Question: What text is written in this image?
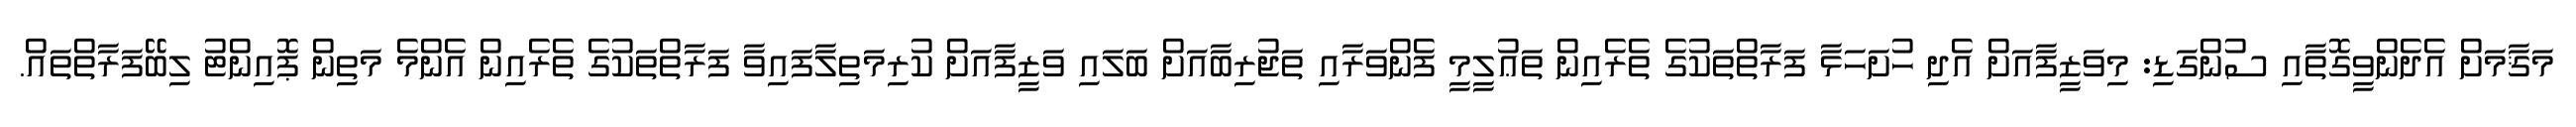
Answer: މަޤާމަށް އެދެންވީގޮތާއި ސުންގަޑި: މިވަޒީފާއަށް އެދި ހުށަހަޅާ ފަރާތްތަކުގެ ތެރެއިން ތަޢުލީމީ ފެންވަރާއި ތަޖުރިބާއަށް ބަލައި ވަޒީފާއަށް ކުރިމަތިލާފައިވާ ފަރާތްތަކުގެ ތެރެއިން އެންމެ މަތިން ޕޮއިންޓު ލިބޭފަރާތްތައް.